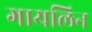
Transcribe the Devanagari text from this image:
गायलिन